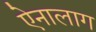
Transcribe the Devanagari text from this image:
ऐनालाग